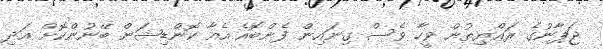
ޖަޕާނުގެ ރައްޔިތުން ވީހާ ވެސް ގިނައިން ފެންބޮއެ އެއާ ކޮންޑިޝަން ބޭނުންކޮށް އަދި